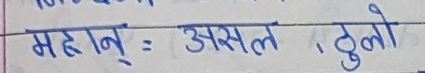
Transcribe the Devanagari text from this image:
महान् : असल , ठुलो